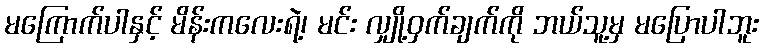
မကြောက်ပါနှင့် မိန်းကလေးရဲ့၊ မင်း လျှို့ဝှက်ချက်ကို ဘယ်သူ့မှ မပြောပါဘူး